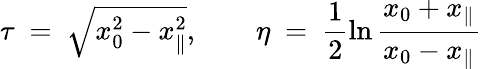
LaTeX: \tau\ =\ \sqrt{x_{0}^{2}-x_{\parallel}^{2}},\qquad\eta\ =\ \frac{1}{2}\ln\frac{x_{0}+x_{\parallel}}{x_{0}-x_{\parallel}}